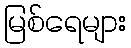
မြစ်ရေများ